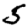
Digit: 5